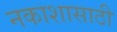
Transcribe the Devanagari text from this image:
नकाशासाठी